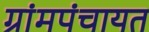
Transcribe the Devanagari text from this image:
ग्रांमपंचायत